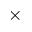
\times